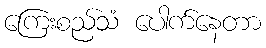
ကြေးစည်သံ ပေါက်နေတာ